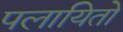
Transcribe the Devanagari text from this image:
पलायितो